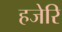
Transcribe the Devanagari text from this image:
हजेरि